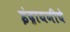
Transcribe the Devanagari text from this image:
इंद्रायणीचे